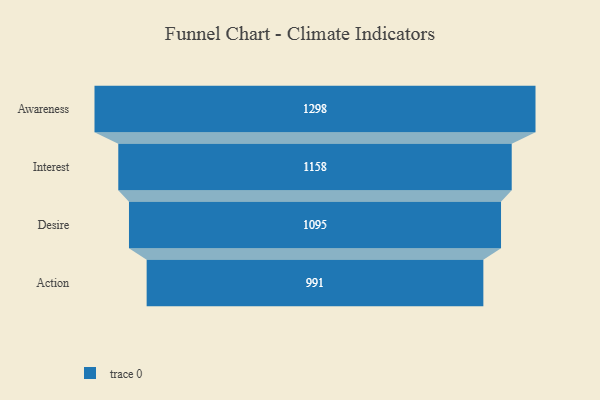
{"axis": {"x": "Stage", "y": "Value"}, "legend": [""], "data": [{"x": "Awareness", "y": 1298.0, "type": ""}, {"x": "Interest", "y": 1158.0, "type": ""}, {"x": "Desire", "y": 1095.0, "type": ""}, {"x": "Action", "y": 991.0, "type": ""}]}